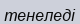
тенеледі